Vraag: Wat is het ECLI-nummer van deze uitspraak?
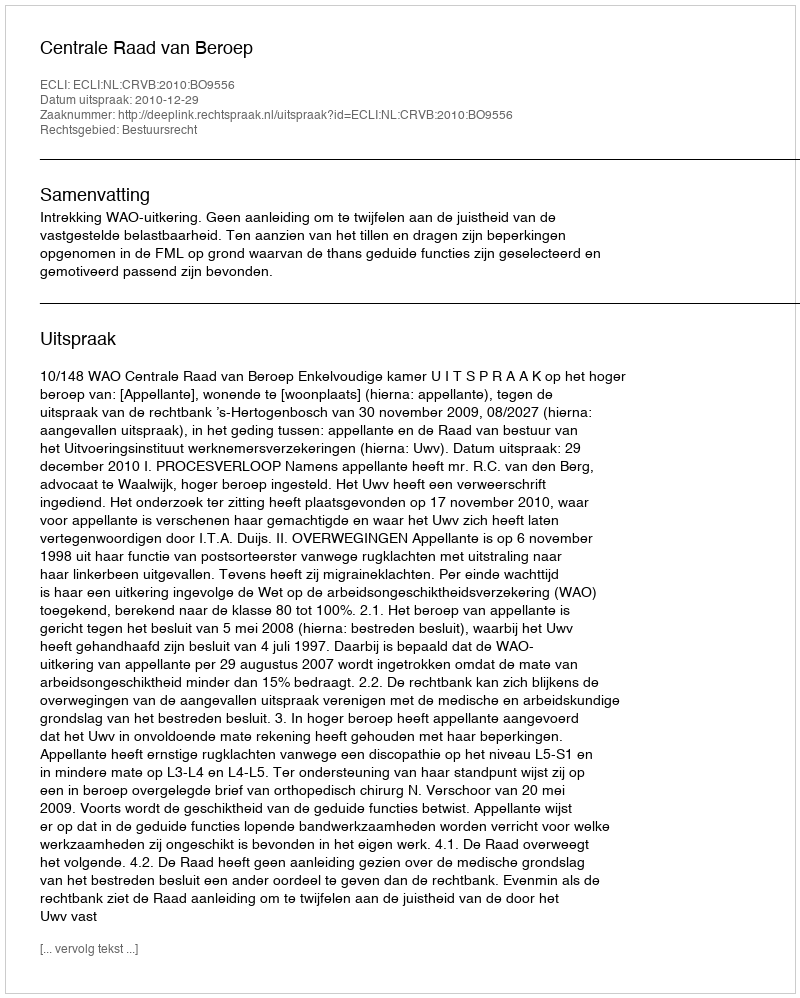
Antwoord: ECLI:NL:CRVB:2010:BO9556